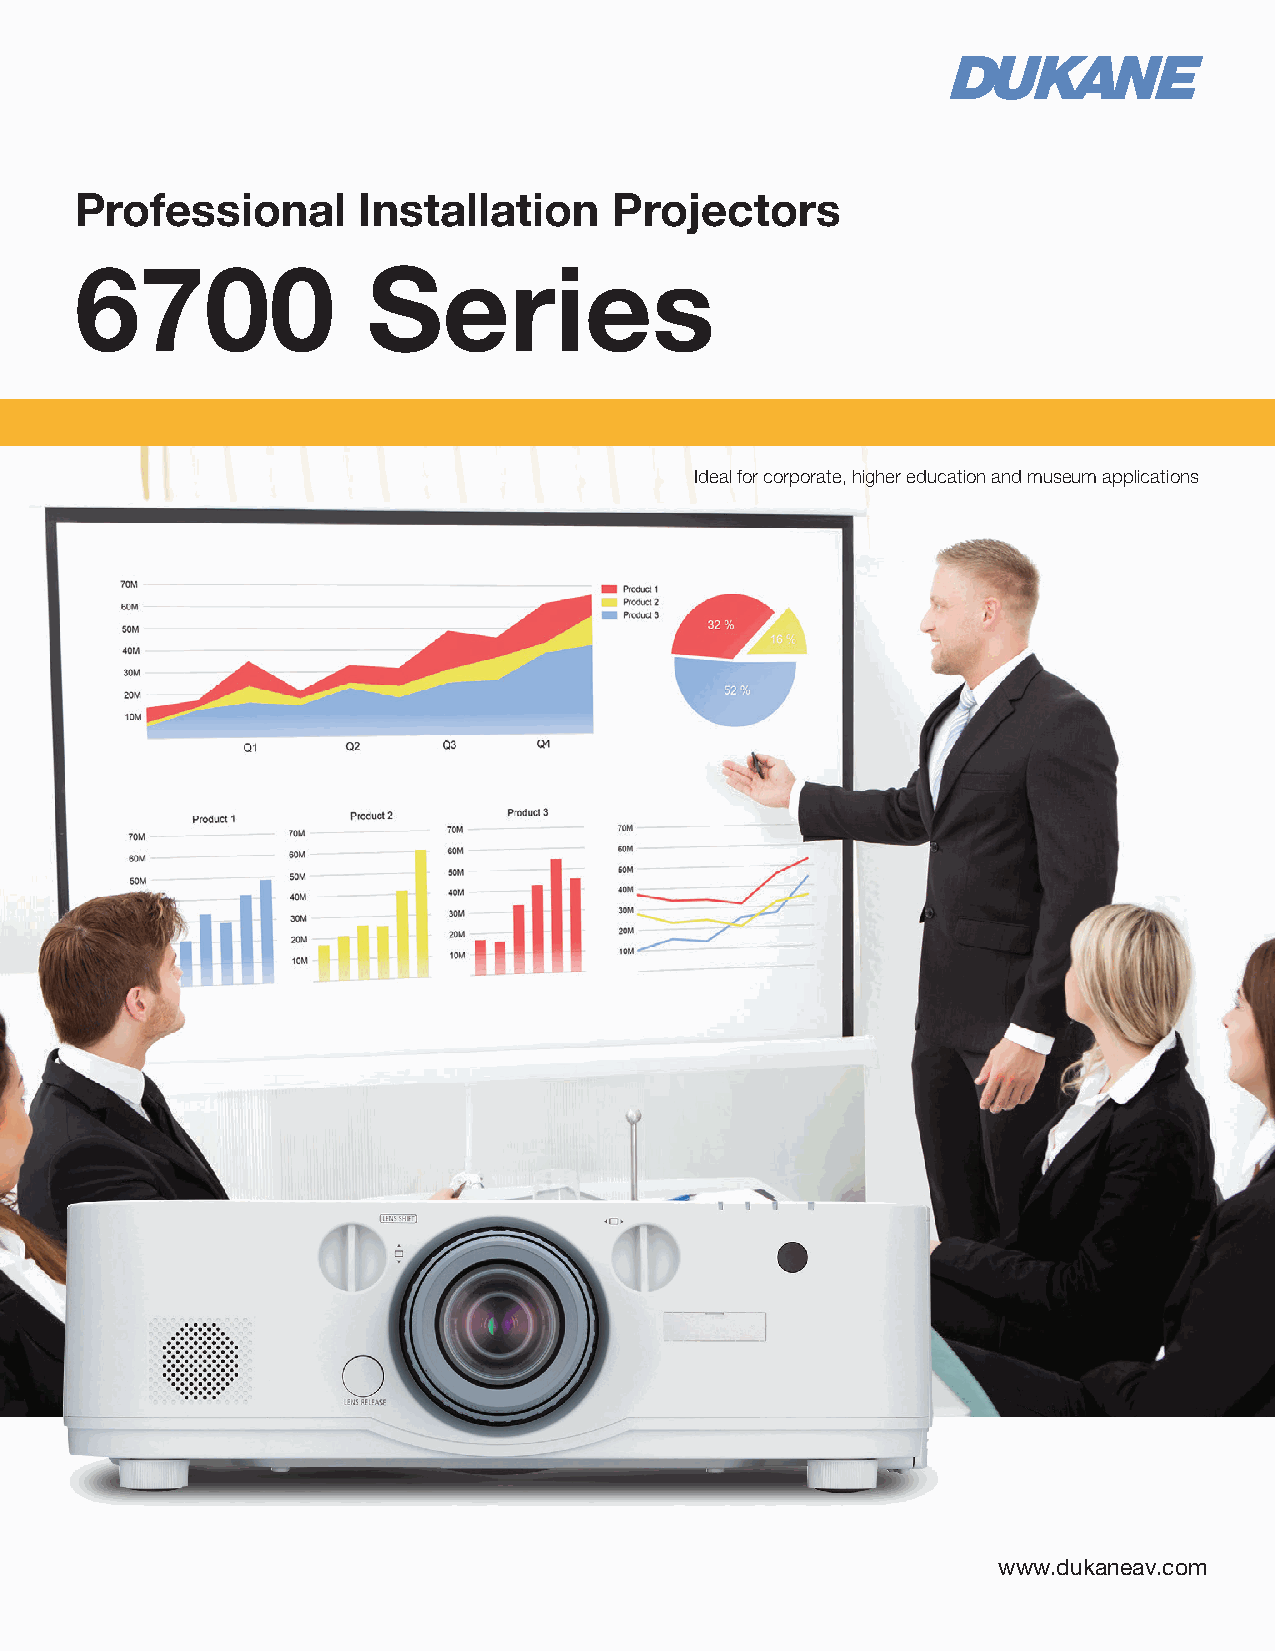
Professional       Installation     Projectors
 6700               Series
 Ideal for corporate, higher education and museum applications
 www.dukaneav.com